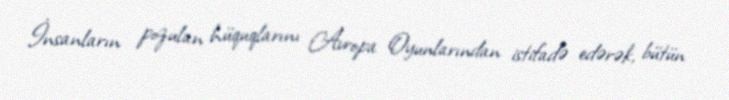
İnsanların pozulan hüquqlarını Avropa Oyunlarından istifadə edərək, bütün